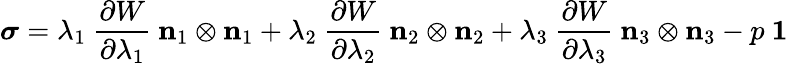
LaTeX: {\boldsymbol{\sigma}}=\lambda_{1}~{\frac{\partial W}{\partial\lambda_{1}}}~\mathbf{n}_{1}\otimes\mathbf{n}_{1}+\lambda_{2}~{\frac{\partial W}{\partial\lambda_{2}}}~\mathbf{n}_{2}\otimes\mathbf{n}_{2}+\lambda_{3}~{\frac{\partial W}{\partial\lambda_{3}}}~\mathbf{n}_{3}\otimes\mathbf{n}_{3}-p~{\boldsymbol{\mathit{1}}}